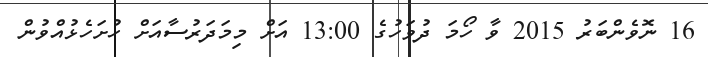
16 ނޮވެންބަރު 2015 ވާ ހޯމަ ދުވަހުގެ 13:00 އަށް މިމަދަރުސާއަށް ހުށަހެޅުއްވުން